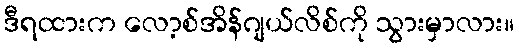
ဒီရထားက လော့စ်အိန်ဂျယ်လိစ်ကို သွားမှာလား။